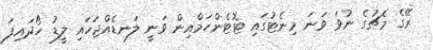
ރޭގެ މެޗުގެ ނުވަ ވަނަ މިނެޓުގައި ޓޮޓެންހަމްއިން ވަނީ ލަނޑެއްޖަހައި ލީޑު ހޯދައިފަ